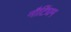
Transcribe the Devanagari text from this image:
नौटिंघम